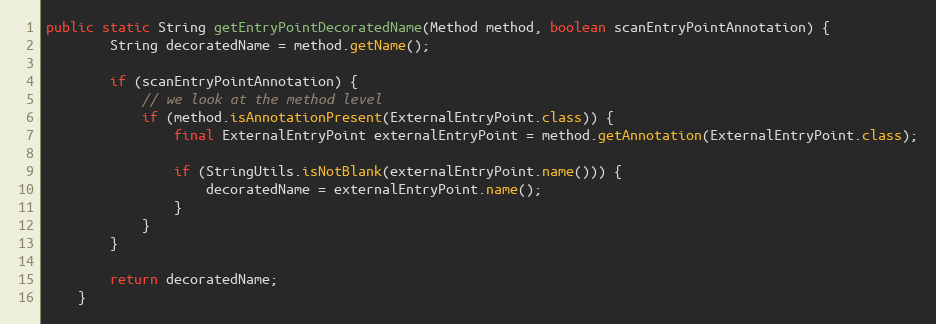
Language: Java
public static String getEntryPointDecoratedName(Method method, boolean scanEntryPointAnnotation) {
		String decoratedName = method.getName();

		if (scanEntryPointAnnotation) {
			// we look at the method level
			if (method.isAnnotationPresent(ExternalEntryPoint.class)) {
				final ExternalEntryPoint externalEntryPoint = method.getAnnotation(ExternalEntryPoint.class);

				if (StringUtils.isNotBlank(externalEntryPoint.name())) {
					decoratedName = externalEntryPoint.name();
				}
			}
		}

		return decoratedName;
	}